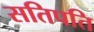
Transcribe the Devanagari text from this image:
सतिपति